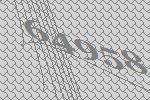
64958